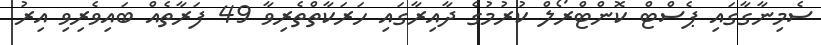
ސެމިނާގާގައި ޕެސްޓް ކޮންޓްރޯލް ކުރުމުގެ ދާއިރާގައި ހަރަކާތްތެރިވާ 49 ފަރާތެއް ބައިވެރިވި އިރު